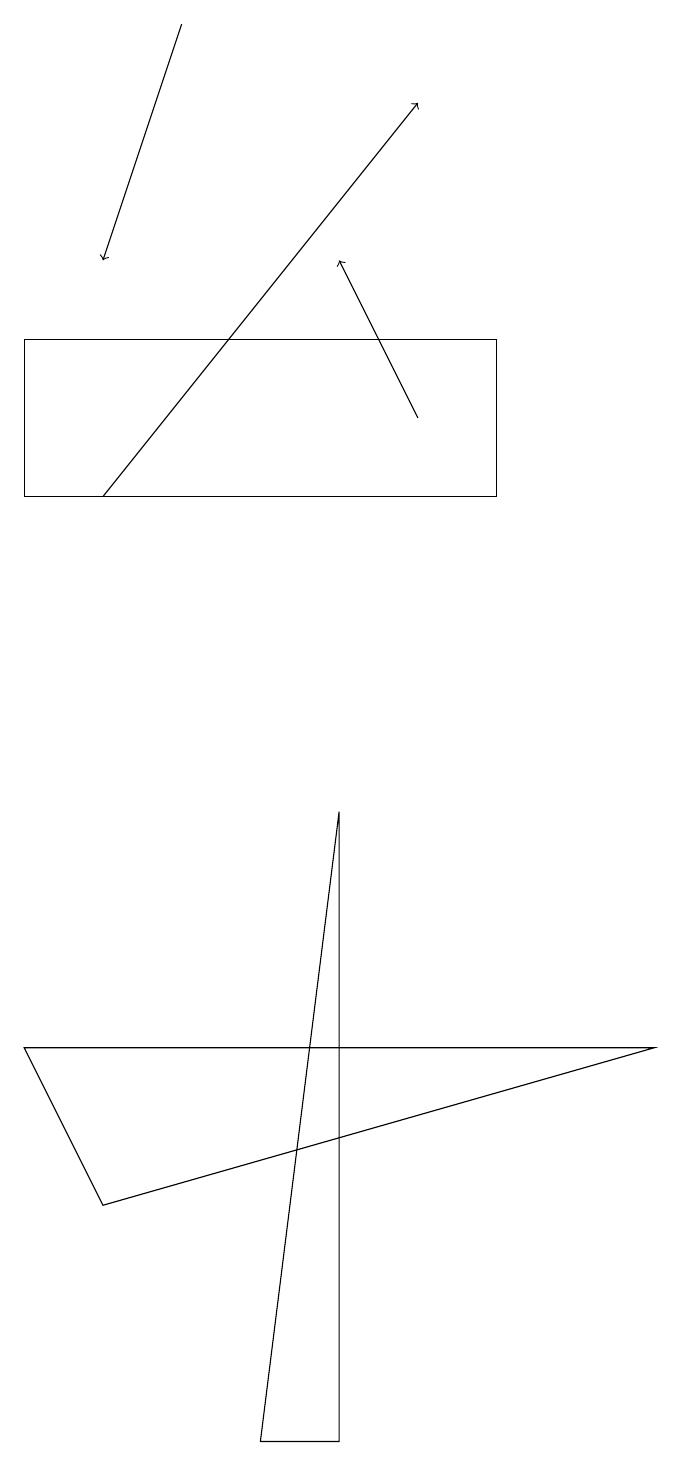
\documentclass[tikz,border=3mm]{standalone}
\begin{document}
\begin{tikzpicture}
\draw[->] (2,12) -- (6,17);
\draw[->] (3,18) -- (2,15);
\draw (9,5) -- (1,5) -- (2,3) -- cycle;
\draw (4,0) -- (5,8) -- (5,0) -- cycle;
\draw (1,14) rectangle (7,12);
\draw[->] (6,13) -- (5,15);
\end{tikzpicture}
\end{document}